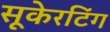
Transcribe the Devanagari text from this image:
सूकेरटिंग